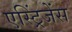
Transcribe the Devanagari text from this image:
एस्ट्रिंजेंस